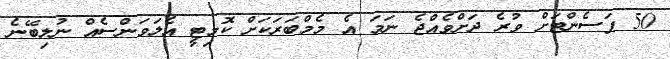
50 ޕަސެންޓަށް ވުރެ ދަށްވެއްޖެ ނަމަ އެ މެމްބަރަކަށް ކޮމިޓީ އެލަވަންސެއް ނުލިބޭނެ